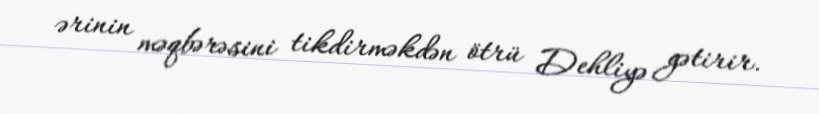
ərinin məqbərəsini tikdirməkdən ötrü Dehliyə gətirir.